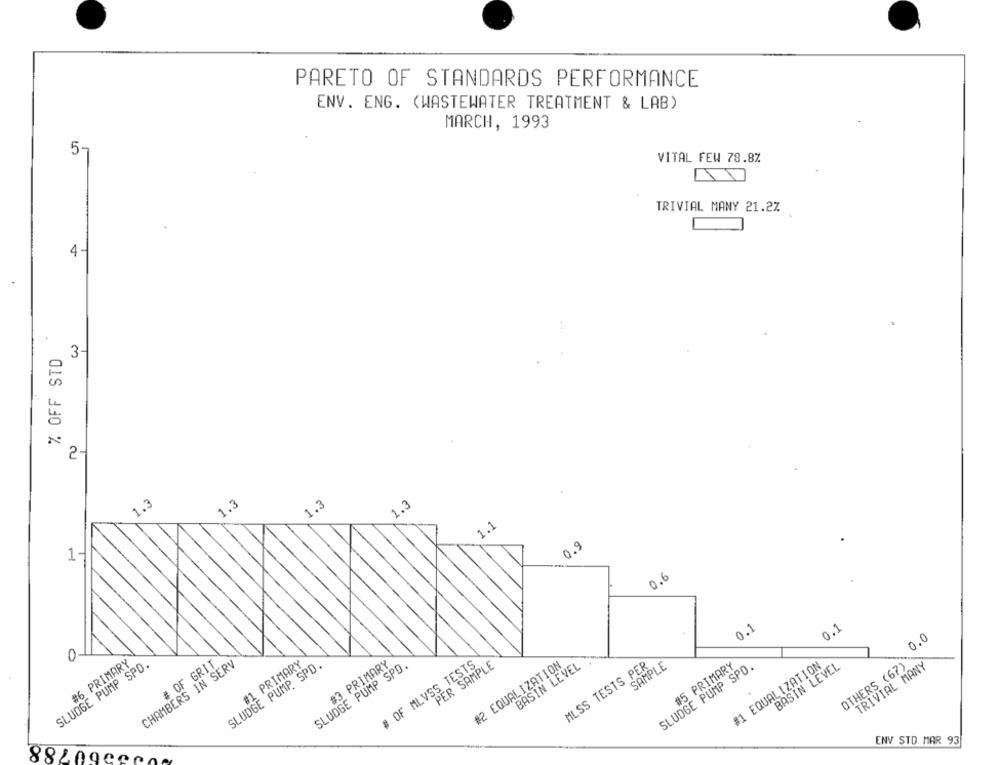
PARETO OF STANDARDS PERFORMANCE
ENV. ENG. (WASTEWATER TREATMENT & LAB)
MARCH, 1993
5-
VITAL FEW 78.8%
TRIVIAL MANY 21.2%
4
% OFF STD
3-
2-
1.3
1.3
1.3
1.3
1.1
0.9
1-
0.6
0.1
0.1
0.0
#6 PRIMARY
SLUDGE PUMP SPO.
CHAMBERS IN SERV
# OF GRIT
SLUDGE PUMP SPD.
#1 PRIMARY
SLUDGE PUMP SPO.
#3 PRIMARY
# OF MLVSS TESTS
PER SAMPLE
#2 EQUALIZATION
BASIN LEVEL
MLSS TESTS PER
SAMPLE
SLUDGE PUMP SPD.
#5 PRIMARY
#1 EQUALIZATION
BASIN LEVEL
OTHERS (67)
TRIVIAL MANY
ENV STD MAR 93
882090800